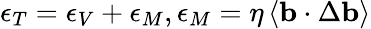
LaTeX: \epsilon_{T}=\epsilon_{V}+\epsilon_{M},\epsilon_{M}=\eta\left<{\mathbf b}\cdot\Delta{\mathbf b}\right>